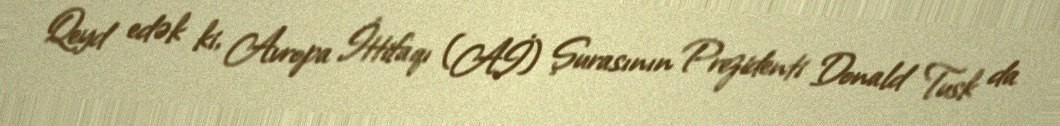
Qeyd edək ki, Avropa İttifaqı (Aİ) Şurasının Prezidenti Donald Tusk da